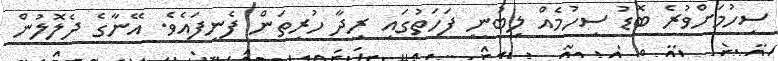
ސިހުމަށްވުރެ ބޮޑު ސިހުމެއް ލިބުނީ ފަހަތުގައި ރިދާ ހުރިތަން ފެނިފައެވެ. އޭނާގެ ދެލޮލުން